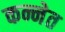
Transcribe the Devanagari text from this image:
कन्नेत